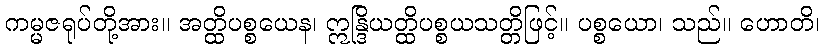
ကမ္မဇရုပ်တို့အား။ အတ္ထိပစ္စယေန၊ ဣန္ဒြိယတ္ထိပစ္စယသတ္တိဖြင့်။ ပစ္စယော၊ သည်။ ဟောတိ၊